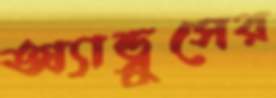
অ্যান্ড্রুসের